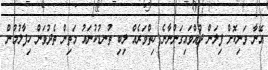
އޭނާ ވަނިކޮށް ފިލަން ދުއްވައިގަންނާނެ ހިތްވަރެއް ލިބި ތުނޑުކުނައު މަތިން ތެދުވަން ހިފާލުމުން